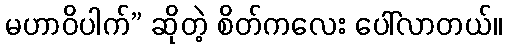
မဟာဝိပါက်” ဆိုတဲ့ စိတ်ကလေး ပေါ်လာတယ်။